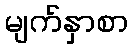
မျက်နှာစာ